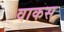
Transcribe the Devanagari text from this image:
वाकस